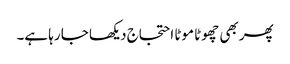
پھر بھی چھوٹا موٹا احتجاج دیکھا جا رہا ہے۔